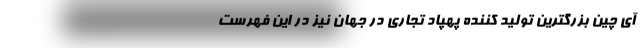
آی چین بزرگترین تولید کننده پهپاد تجاری در جهان نیز در این فهرست